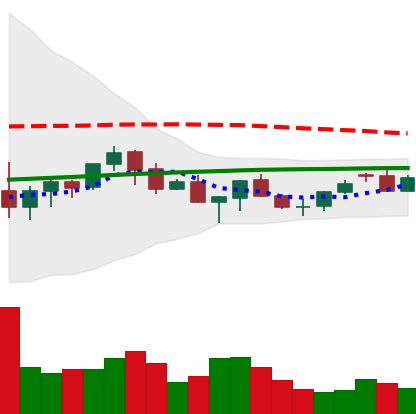
Ticker: XMR-USD
Chart end date: 2021-06-17
Forward return: -27.274%
Label: down_7plus